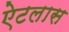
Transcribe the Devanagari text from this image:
ऐटलास